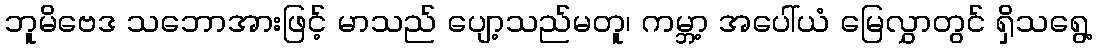
ဘူမိဗေဒ သဘောအားဖြင့် မာသည် ပျော့သည်မတူ၊ ကမ္ဘာ့ အပေါ်ယံ မြေလွှာတွင် ရှိသရွေ့